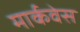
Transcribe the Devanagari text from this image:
मार्कवेस